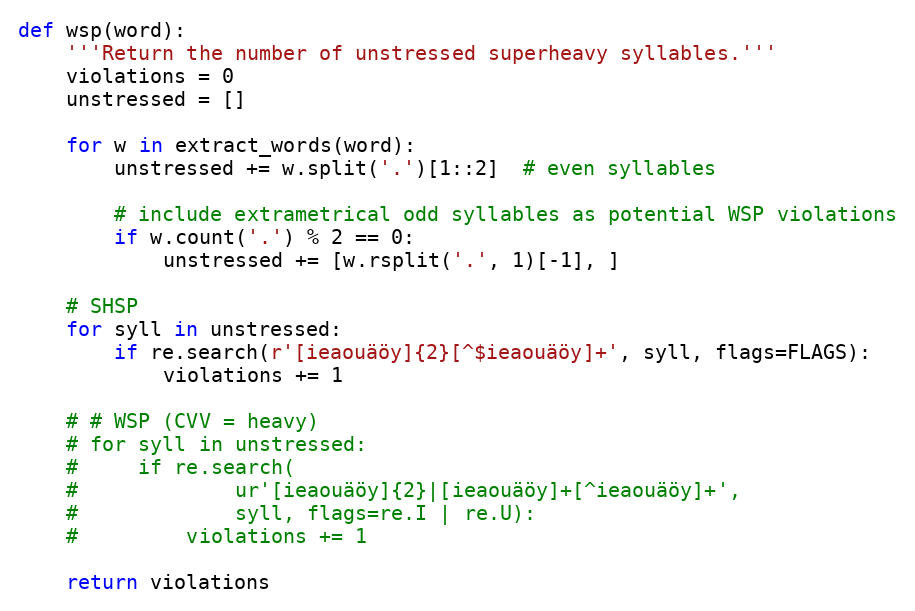
Language: Python
def wsp(word):
    '''Return the number of unstressed superheavy syllables.'''
    violations = 0
    unstressed = []

    for w in extract_words(word):
        unstressed += w.split('.')[1::2]  # even syllables

        # include extrametrical odd syllables as potential WSP violations
        if w.count('.') % 2 == 0:
            unstressed += [w.rsplit('.', 1)[-1], ]

    # SHSP
    for syll in unstressed:
        if re.search(r'[ieaouäöy]{2}[^$ieaouäöy]+', syll, flags=FLAGS):
            violations += 1

    # # WSP (CVV = heavy)
    # for syll in unstressed:
    #     if re.search(
    #             ur'[ieaouäöy]{2}|[ieaouäöy]+[^ieaouäöy]+',
    #             syll, flags=re.I | re.U):
    #         violations += 1

    return violations